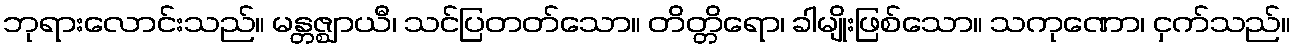
ဘုရားလောင်းသည်။ မန္တဇ္ဈာယီ၊ သင်ပြတတ်သော။ တိတ္တိရော၊ ခါမျိုးဖြစ်သော။ သကုဏော၊ ငှက်သည်။